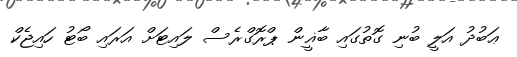
ޢަބުދު އަލީ ބުނި ގޮތުގައި ބާޣީން ޕްރޮގްރެސް ލައިޓަށް އަރައި ބޯޓު ހައިޖެކް